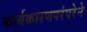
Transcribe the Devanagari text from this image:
कार्यकारणपरंपरेने